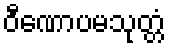
ဝီဏောပမသုတ္တံ